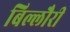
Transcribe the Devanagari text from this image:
बिल्लौरी